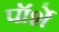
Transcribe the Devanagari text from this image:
पॉर्शे